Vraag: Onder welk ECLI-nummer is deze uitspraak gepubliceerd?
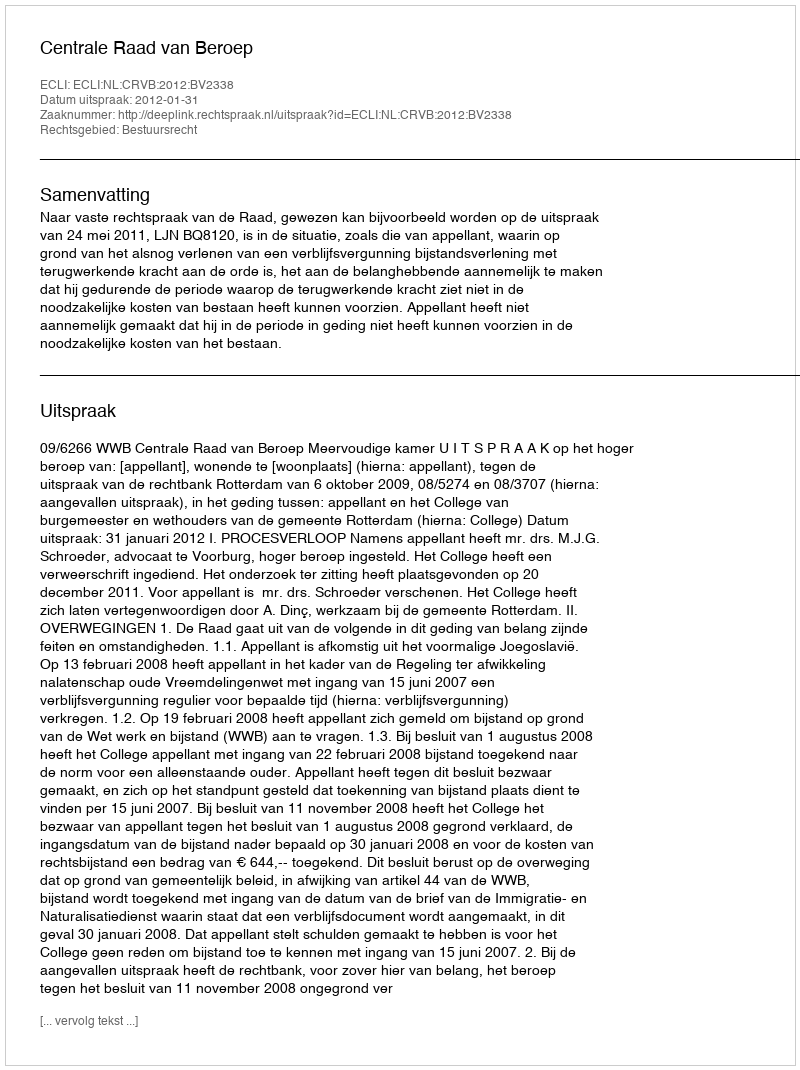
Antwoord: ECLI:NL:CRVB:2012:BV2338